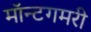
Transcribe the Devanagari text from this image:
मॉन्टगमरी